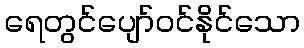
ရေတွင်ပျော်ဝင်နိုင်သော